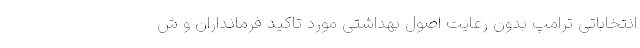
انتخاباتی ترامپ بدون رعایت اصول بهداشتی مورد تاکید فرمانداران و ش